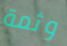
وثمة